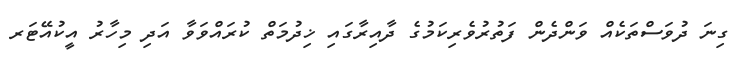
ގިނަ ދުވަސްތަކެއް ވަންދެން ފަތުރުވެރިކަމުގެ ދާއިރާގައި ޚިދުމަތް ކުރައްވަވާ އަދި މިހާރު އީކުއޭޓަރ